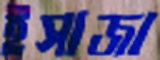
ইসাজা